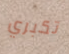
تكبري